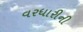
વરધારીની